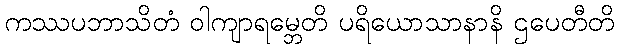
ကဿပဘာသိတံ ဝါကျာရမ္ဘေတိ ပရိယောသာနာနိ ဌပေတီတိ